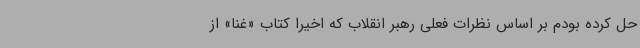
حل کرده بودم بر اساس نظرات فعلی رهبر انقلاب که اخیرا کتاب «غنا» از